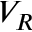
V _ { R }